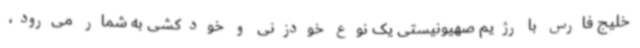
خلیج فارس با رژیم صهیونیستی یک نوع خودزنی و خودکشی به شمار می‌رود،